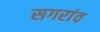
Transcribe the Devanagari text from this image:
सगरांव